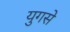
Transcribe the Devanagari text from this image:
युगसे